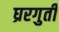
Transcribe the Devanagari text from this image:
घ्ररगुती